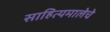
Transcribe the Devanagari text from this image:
साहित्यमालेचे